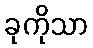
ခုကိုသာ